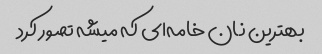
بهترین نان خامه‌ای که میشه تصور کرد